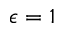
\epsilon = 1